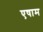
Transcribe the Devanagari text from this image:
एषाम